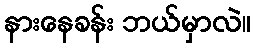
နားနေခန်း ဘယ်မှာလဲ။